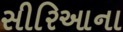
સીરિઆના